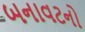
બનાવટનો